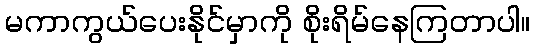
မကာကွယ်ပေးနိုင်မှာကို စိုးရိမ်နေကြတာပါ။